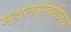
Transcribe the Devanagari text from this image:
महालासंबंधीच्या